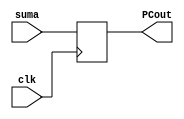
// PC
// Fase 2

`timescale 1ns/1ns

module PC(
    input clk,
    input [31:0]suma,
    output reg [31:0] PCout);

    initial begin
        PCout = 32'd0;
    end

    always @(negedge clk) begin
        PCout = suma;
        
    end
    
endmodule